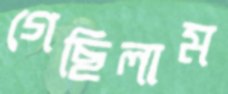
গেছিলাম